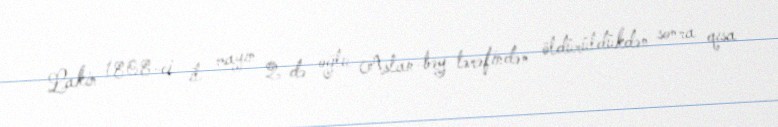
Lakin 1808-ci il mayın 2-də oğlu Aslan-bəy tərəfindən öldürüldükdən sonra qısa